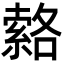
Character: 𦃆